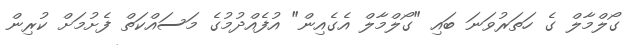
ގޯލްމާލް ގެ ހަތަރުވަނަ ބައި "ގޯލްމާލް އެގެއިން" އުފެއްދުމުގެ މަސައްކަތް ފެށުމަށް ކުރިން